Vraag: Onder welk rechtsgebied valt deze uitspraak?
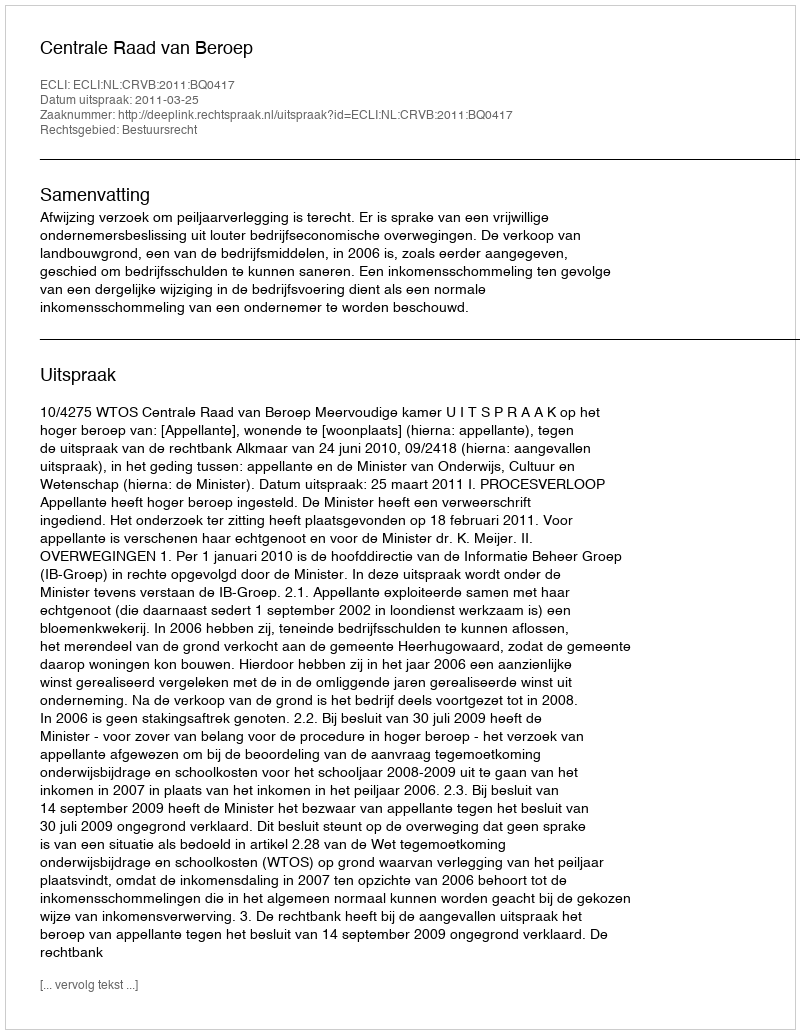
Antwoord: Bestuursrecht